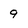
Character: 9